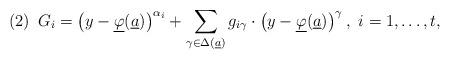
LaTeX: \begin{gather*}(2)\,\,\,G_{i}=\left(y-\underline{\varphi}(\underline{a})\right)^{\alpha_{i}}+\sum_{\gamma\in\Delta(\underline{a})}g_{i\gamma}\cdot\left(y-\underline{\varphi}(\underline{a})\right)^{\gamma},\,\,i=1,\dots,t,\end{gather*}